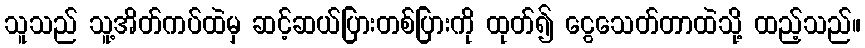
သူသည် သူ့အိတ်ကပ်ထဲမှ ဆင့်ဆယ်ပြားတစ်ပြားကို ထုတ်၍ ငွေသေတ်တာထဲသို့ ထည့်သည်။